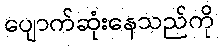
ပျောက်ဆုံးနေသည်ကို